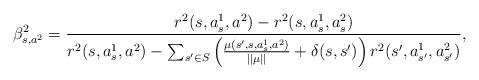
LaTeX: \begin{align*} \beta_{s,a^2}^2=\frac{r^2(s,a_s^1,a^2)-r^2(s,a_s^1,a_s^2)}{r^2(s,a_s^1,a^2)-\sum_{s'\in S} \left(\frac{\mu(s',s,a_s^1,a^2)}{||\mu||}+\delta(s,s')\right)r^2(s',a_{s'}^1,a_{s'}^2)}, \end{align*}